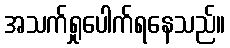
အသက်ရှုပေါက်ရနေသည်။